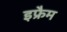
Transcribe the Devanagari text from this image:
इफ्रैम